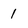
Character: 1